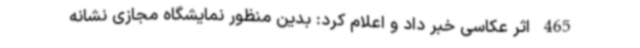
465 اثر عکاسی خبر داد و اعلام کرد: بدین منظور نمایشگاه مجازی نشانه